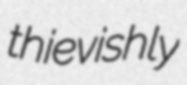
thievishly